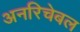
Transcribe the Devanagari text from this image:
अनरिचेबल